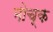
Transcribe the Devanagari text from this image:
मोच्क